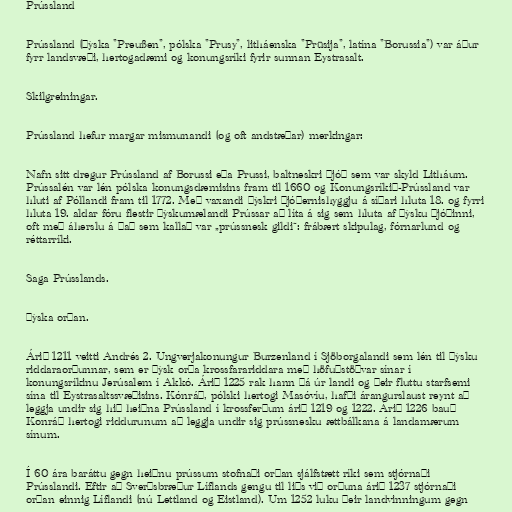
Prússland

Prússland (þýska "Preußen", pólska "Prusy", litháenska "Prūsija", latína "Borussia") var áður
fyrr landsvæði, hertogadæmi og konungsríki fyrir sunnan Eystrasalt.

Skilgreiningar.

Prússland hefur margar mismunandi (og oft andstæðar) merkingar:

Nafn sitt dregur Prússland af Borussi eða Prussi, baltneskri þjóð sem var skyld Litháum.
Prússalén var lén pólska konungsdæmisins fram til 1660 og Konungsríkið-Prússland var
hluti af Póllandi fram til 1772. Með vaxandi þýskri þjóðernishyggju á síðari hluta 18. og fyrri
hluta 19. aldar fóru flestir þýskumælandi Prússar að líta á sig sem hluta af þýsku þjóðinni,
oft með áherslu á það sem kallað var „prússnesk gildi“: frábært skipulag, fórnarlund og
réttarríki.

Saga Prússlands.

Þýska orðan.

Árið 1211 veitti Andrés 2. Ungverjakonungur Burzenland í Sjöborgalandi sem lén til Þýsku
riddaraorðunnar, sem er þýsk orða krossfarariddara með höfuðstöðvar sínar í
konungsríkinu Jerúsalem í Akkó. Árið 1225 rak hann þá úr landi og þeir fluttu starfsemi
sína til Eystrasaltssvæðisins. Kónráð, pólski hertogi Masóvíu, hafði árangurslaust reynt að
leggja undir sig hið heiðna Prússland í krossferðum árið 1219 og 1222. Árið 1226 bauð
Konráð hertogi riddurunum að leggja undir sig prússnesku ættbálkana á landamærum
sínum.

Í 60 ára baráttu gegn heiðnu prússum stofnaði orðan sjálfstætt ríki sem stjórnaði
Prússlandi. Eftir að Sverðsbræður Líflands gengu til liðs við orðuna árið 1237 stjórnaði
orðan einnig Líflandi (nú Lettland og Eistland). Um 1252 luku þeir landvinningum gegn